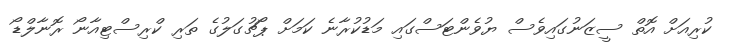
ކުރިއަށް އޮތް ސީޒަނުގައިވެސް ޔުވެންޓަސްގައި މަޑުކުރާނެ ކަމަށް ޕޯޗުގަލުގެ ތަރި ކްރިސްޓިއާނޯ ރޮނާލްޑޯ